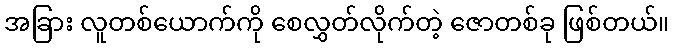
အခြား လူတစ်ယောက်ကို စေလွှတ်လိုက်တဲ့ ဇောတစ်ခု ဖြစ်တယ်။